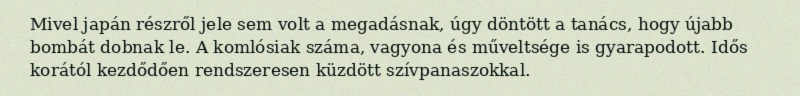
Mivel japán részről jele sem volt a megadásnak, úgy döntött a tanács, hogy újabb bombát dobnak le. A komlósiak száma, vagyona és műveltsége is gyarapodott. Idős korától kezdődően rendszeresen küzdött szívpanaszokkal.